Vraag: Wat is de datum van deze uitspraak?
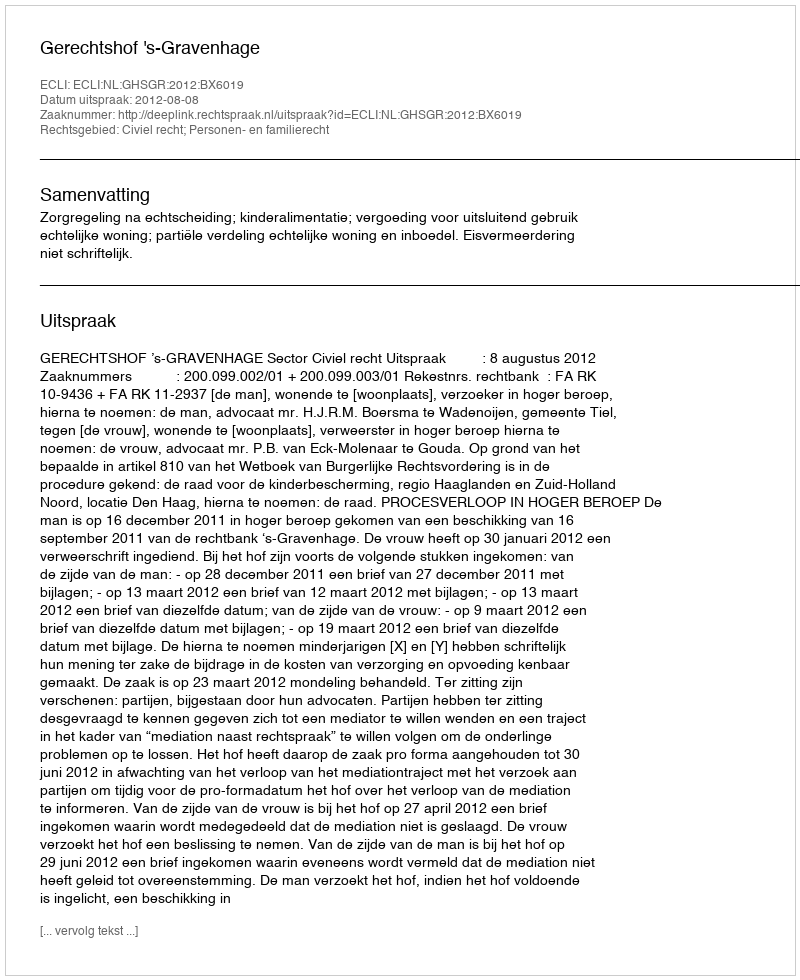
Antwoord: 2012-08-08